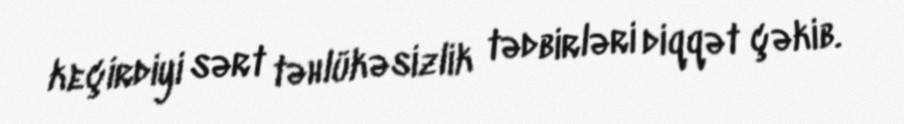
keçirdiyi sərt təhlükəsizlik tədbirləri diqqət çəkib.